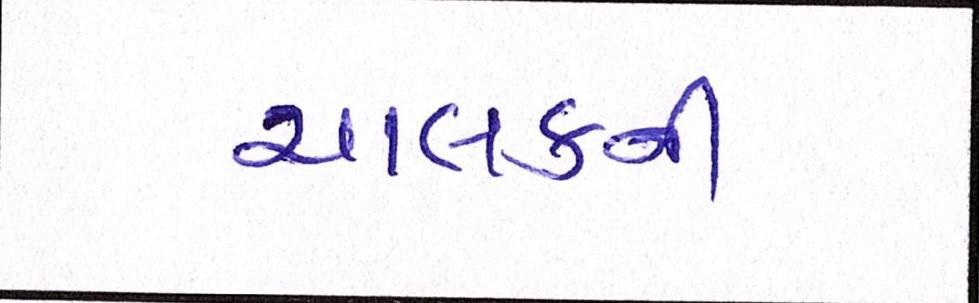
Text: ચાલકની